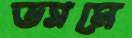
ড্যামে